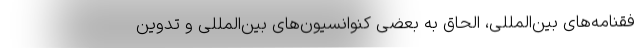
فقنامه‌های بین‌المللی، الحاق به بعضی کنوانسیون‌های بین‌المللی و تدوین